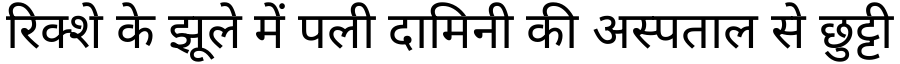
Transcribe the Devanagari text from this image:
रिक्शे के झूले में पली दामिनी की अस्पताल से छुट्टी